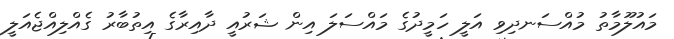
މައުލޫމާތު މުއްސަނދިވި އަލީ ހަމީދުގެ މައްސަލަ އިން ޝަރުއީ ދާއިރާގެ އިތުބާރު ގެއްލިއްޖެއަލީ